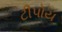
ટીપોય